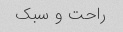
راحت و سبک